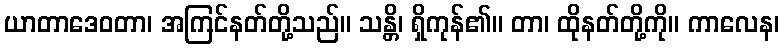
ယာတာဒေဝတာ၊ အကြင်နတ်တို့သည်။ သန္တိ၊ ရှိကုန်၏။ တာ၊ ထိုနတ်တို့ကို။ ကာလေန၊